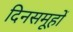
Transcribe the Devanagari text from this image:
दिनसमूहों